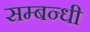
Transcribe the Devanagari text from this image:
सम्‍बन्‍धी